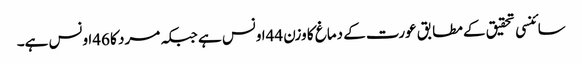
سائنسی تحقیق کے مطابق عورت کے دماغ کا وزن 44اونس ہے جبکہ مرد کا 46اونس ہے۔